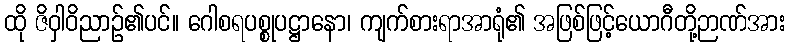
ထို ဇိဝှါဝိညာဉ်၏ပင်။ ဂေါစရပစ္စုပဋ္ဌာနော၊ ကျက်စားရာအာရုံ၏ အဖြစ်ဖြင့်ယောဂီတို့ဉာဏ်အား